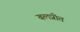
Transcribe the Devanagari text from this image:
बलप्रीत